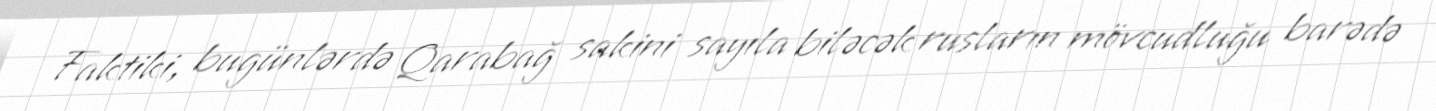
Faktiki, bugünlərdə Qarabağ sakini sayıla biləcək rusların mövcudluğu barədə